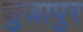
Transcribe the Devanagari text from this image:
शुजापुर